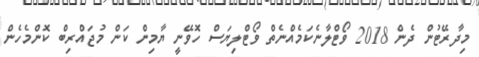
މިދާރޭޓުން ދެން 2018 ވޯޓްލާނެކަމެއްނެތް ވޯޓްލިޔަސް ހޮވޭނީ ޔާމިން ކަން މުޖައްރިބް ކޮންމެހެން